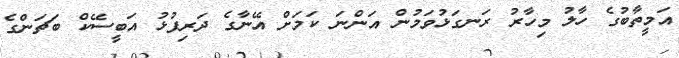
އަމީތާބުގެ ހާލު މިހާރު ރަނގަޅުވަމުން އަންނަ ކަމަށް އޭނާގެ ދަރިފުޅު އަބީސޭކް ބަޗަންގެ